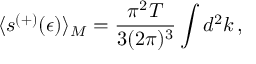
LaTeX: \langle s ^ { ( + ) } ( \epsilon ) \rangle _ { M } = \frac { \pi ^ { 2 } T } { 3 ( 2 \pi ) ^ { 3 } } \int d ^ { 2 } k \, { , }